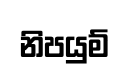
නිපයුම්